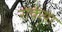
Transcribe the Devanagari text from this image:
रोकेया